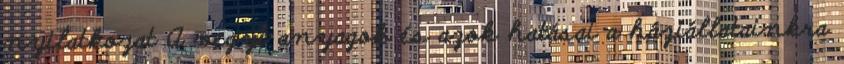
nyilatkozat A vegyi anyagok és azok hatásai a háziállatainkra